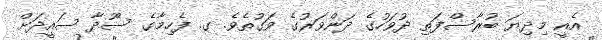
އެއީ މިދިޔަ ބުރާސްފަތި ދުވަހުގެ ދަންވަރުގެ ވަގުތެވެ. ގ. ފެހިމާގެ ސޫދާ ސައީދަށް